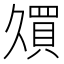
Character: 𫡠